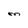
Character: M